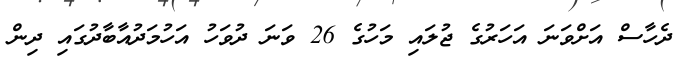
ދެހާސް އަށްވަނަ އަހަރުގެ ޖުލައި މަހުގެ 26 ވަނަ ދުވަހު އަހުމަދުއާބާދުގައި ދިން